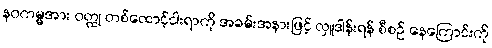
နဝကမ္မအား ဝတ္ထု တစ်ထောင့်ငါးရာကို အခမ်းအနားဖြင့် လှူဒါန်းရန် စီစဉ် နေကြောင်းကို